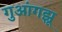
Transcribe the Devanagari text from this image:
गुआंगझू